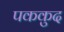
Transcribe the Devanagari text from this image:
पककुद